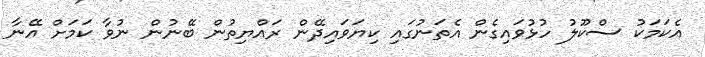
އެކަމަކު ސްކޫލު ހުޅުވައިގެން އެތަނުގައި ކިޔަވައިދޭން ރައްޔިތުން ބޭނުން ނުވާ ކަމަށް އޭނާ